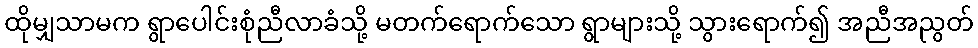
ထိုမျှသာမက ရွာပေါင်းစုံညီလာခံသို့ မတက်ရောက်သော ရွာများသို့ သွားရောက်၍ အညီအညွတ်